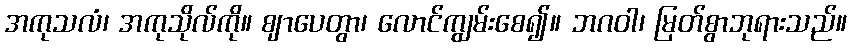
အကုသလံ၊ အကုသိုလ်ကို။ ဈာပေတွာ၊ လောင်ကျွမ်းစေ၍။ ဘဂဝါ၊ မြတ်စွာဘုရားသည်။